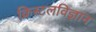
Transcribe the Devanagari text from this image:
क्रिस्टलविज्ञान